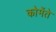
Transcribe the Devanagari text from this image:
कोमेंते